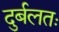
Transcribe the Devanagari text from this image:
दुर्बलतः